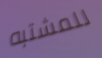
للمشتبه